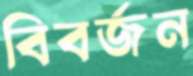
বিবর্জন